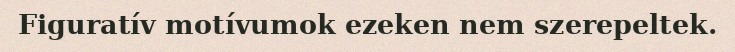
Figuratív motívumok ezeken nem szerepeltek.